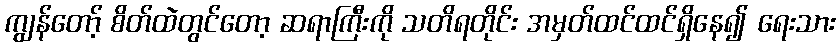
ကျွန်တော့် စိတ်ထဲတွင်တော့ ဆရာကြီးကို သတိရတိုင်း အမှတ်ထင်ထင်ရှိနေ၍ ရေးသား